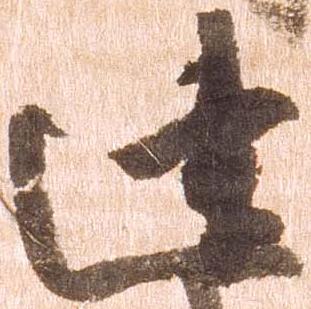
建